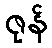
ဇုန်